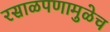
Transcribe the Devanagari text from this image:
रसाळपणामुळेच